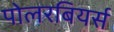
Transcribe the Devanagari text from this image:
पोलरबियर्स